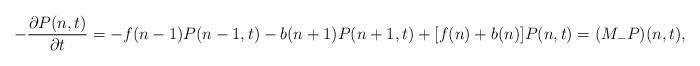
LaTeX: \begin{align*}-\frac{\partial P(n,t)}{\partial t}= -f(n-1)P(n-1,t)-b(n+1)P(n+1,t)+[f(n)+b(n)]P(n,t)= (M_{-}P)(n,t),\end{align*}